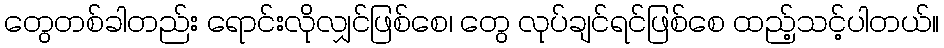
တွေတစ်ခါတည်း ရောင်းလိုလျှင်ဖြစ်စေ၊ တွေ လုပ်ချင်ရင်ဖြစ်စေ ထည့်သင့်ပါတယ်။